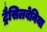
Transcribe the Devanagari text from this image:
ट्रैसिलबेनिया